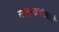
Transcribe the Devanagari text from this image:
संरक्षणमंत्र्याचे